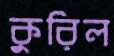
কুরিল